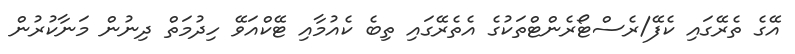
އޭގެ ތެރޭގައި ކެފޭ/ރެސްޓޯރެންޓްތަކުގެ އެތެރޭގައި ތިބެ ކެއުމާއި ޓޭކްއަވޭ ހިދުމަތް ދިނުން މަނާކުރުން